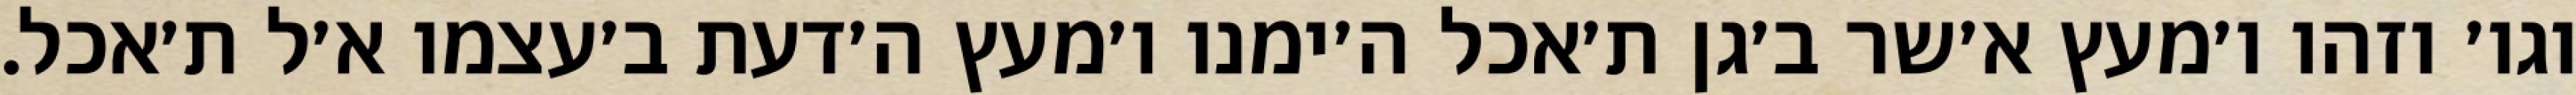
וגו׳ וזהו ו׳מעץ א׳שר ב׳גן ת׳אכל ה׳ימנו ו׳מעץ ה׳דעת ב׳עצמו א׳ל ת׳אכל.